Vaccination United Provinces of Agra and Oudh 1914-1922 - 1914-1922
Year: 1914
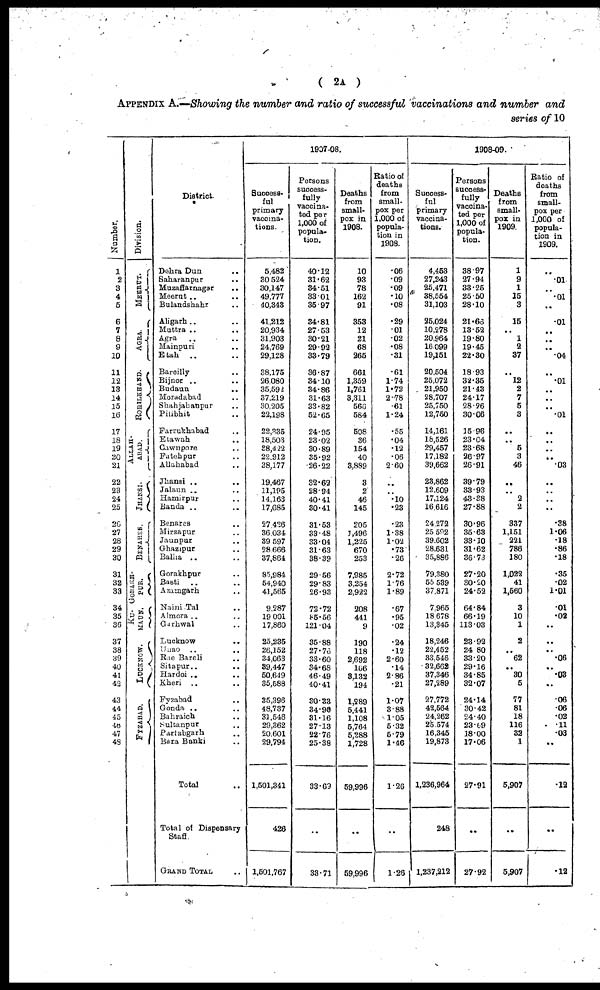
( 2A )
APPENDIX A.—Showing the number and ratio of successful vaccinations and number and
series of 10
Number.
1
2
3
4
5
6
7
8
9
10
11
12
13
14
15
16
17
18
19
20
21
22
23
24
25
26
27
28
29
30
31
32
33
34
35
36
37
38
39
40
41
42
43
44
45
46
47
48
Division.
MEERUT.
AGRA.
ROHILKHAND.
ALLAH¬
----.
JHANSI.
BENARES.
GORAKH¬
PUR.
KU¬
MAUN.
LUCKNOW.
FYZABAD.
District.
Dehra Dun
Saharanpur
Muzaffarnagar
Meerut
Bulandshahr
Aligarh
Muttra
Agra
Mainpuri
Etah
..
Bareilly
Bijnor
Budaun
Moradabad
Shahjahanpur
..
Pilibhit
Farrukhabad
Etawah
Cawnpore
Fatehpur
Allahabad
Jhansi
Jalaun ..
Hamirpur
Banda
Benares
Mirzapur
Jaunpur
Ghazipur
Ballia
Gorakhpur
Basti
..
Azamgarh
Naini Tal
Almora ..
Garhwal
Lucknow
Unao
Rae Bareli
Sitapur..
Hardoi ..
Kheri
Fyzabad
..
Gonda
Bahraich
Sultanpur
Partabgarh
Bara Banki
Total
Total of Dispensary
Staff.
GRAND TOTAL ...
1907-08.
Success-
ful
primary
vaccina-
tions.
5,482
30 524
30,147
49,777
40,343
41,212
20,934
31,903
24,769
29,128
38,175
26,080
35,592
37,219
30,205
22,198
22,335
18,503
38,422
22,912
38,177
19,467
11,195
14,163
17,685
27,426
36,034
39,597
28,666
37,864
85,984
54,940
41,565
9,287
19,001
17,860
25,235
26,152
34,063
39,447
50,649
35,588
35,396
48,737
31,546
29,362
20,601
29,794
1,501,341
426
1,501,767
Persons
success-
fully
vaccina-
ted per
1,000 of
popula-
tion.
40.12
31.62
34.51
33.01
35.97
34.81
27.53
30.21
29.92
33.79
36.87
34.10
34.86
31.63
33.82
52.65
24.95
23.02
30.89
35.92
26.22
32.62
28.94
40.41
30.41
31.53
33.48
33.04
31.63
38.39
29.56
29.83
26.93
72.72
85.56
121.04
35.88
27.76
33.60
34.68
46.49
40.41
30.33
34.90
31.16
27.13
22.76
25.38
33.69
..
33.71
Deaths
from
small-
pox in
1908.
10
93
78
162
91
353
12
21
68
265
661
1,359
1,761
3,311
566
584
508
36
154
40
3,889
3
2
46
145
205
1,496
1,225
670
253
7,985
3,254
2,922
208
441
9
190
118
2,692
166
3,132
194
1,289
5,441
1,108
5,764
5,288
1,728
59,996
..
59,996
Ratio of
deaths
from
small-
pox per
1,000 of
popula-
tion in
1908.
.06
.09
.09
.10
.08
.29
.01
.02
.08
.31
.61
1.74
1.72
2.78
.61
1.24
.55
.04
.12
.06
2.60
.10
.23
.23
1.38
1.02
.73
.26
2.72
1.76
1.89
.67
.95
.02
.24
.12
2.60
.14
2.86
.21
1.07
3.88
1.05
5.32
5.79
1.46
1.26
..
1.26
1908-09.
Success-
ful
primary
vaccina-
tions.
4,453
27,243
25,471
38,554
31,103
25,024
10,278
20,964
16,099
19,151
20,504
25,072
21,950
28,707
25,750
12,750
14,161
18,526
29,457
17,182
39,662
23,862
12,609
17,124
16,616
24,272
25,592
39,602
28,631
35,886
79,380
55,539
37,871
7,965
18,678
13,345
18,246
22,452
33,546
32,662
37,346
27,289
27,772
42,564
24,262
25,574
16,345
19,873
1,236,964
248
1,237,212
Persons
success-
fully
vaccina-
ted per
1,000 of
popula-
tion.
38.97
27.94
33.25
25.50
28.10
21.66
13.52
19.80
19.45
22.30
18.93
32.35
21.43
24.17
28.26
30.06
15.96
23.04
23.68
26.97
26.91
39.79
33.93
43.38
27.88
30.96
35.63
33.10
31.62
36.73
27.20
30.20
24.52
64.84
66.19
113.03
23.92
24.80
33.20
29.16
34.85
32.07
24.14
30.42
24.40
23.69
18.00
17.06
27.91
..
27.92
Deaths
from
small-
pox in
1909.
1
9
1
15
3
15
..
1
2
37
12
2
7
5
3
..
..
5
3
46
..
..
2
2
337
1,151
221
786
180
1,022
41
1,560
3
10
1
2
..
62
..
30
5
77
81
18
116
32
1
5,907
..
5,907
Ratio of
deaths
from
small-
pox per
1,000 of
popula-
tion in
1909.
.01
.01
..
.01
..
..
..
04
.01
..
..
..
.01
..
..
..
..
.03
..
..
..
.38
1.06
.18
.86
.18
.35
.02
1.01
.01
.02
..
..
..
.06
..
.03
..
.06
.06
.02
.11
.03
..
.12
..
.12